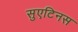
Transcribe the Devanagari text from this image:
सुएटिनस